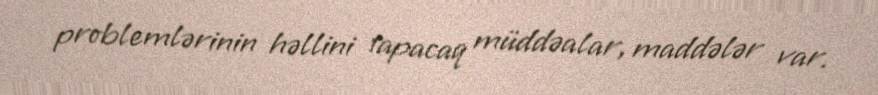
problemlərinin həllini tapacaq müddəalar, maddələr var.